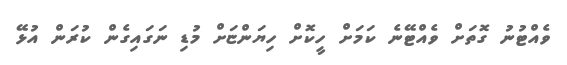
ވެއްޓުނު ގޮތަށް ވެއްޓޭނެ ކަމަށް ހީކޮށް ހިޔަންޏަށް މުޑި ނަގައިގެން ކުރަން އުޅޭ